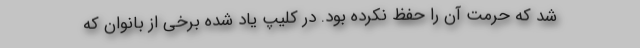
شد که حرمت آن را حفظ نکرده بود. در کلیپ یاد شده برخی از بانوان که